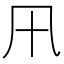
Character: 𭂩